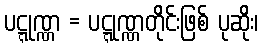
ပဋ္ဋုဏ္ဏ = ပဋ္ဋုဏ္ဏတိုင်းဖြစ် ပုဆိုး၊